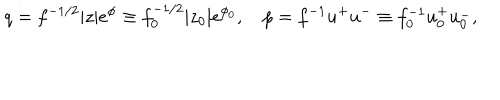
q = f ^ { - 1 / 2 } | z | e ^ { \phi } \equiv f _ { 0 } ^ { - 1 / 2 } | z _ { 0 } | e ^ { \phi _ { 0 } } , \quad p = f ^ { - 1 } u ^ { + } u ^ { - } \equiv f _ { 0 } ^ { - 1 } u _ { 0 } ^ { + } u _ { 0 } ^ { - } ,